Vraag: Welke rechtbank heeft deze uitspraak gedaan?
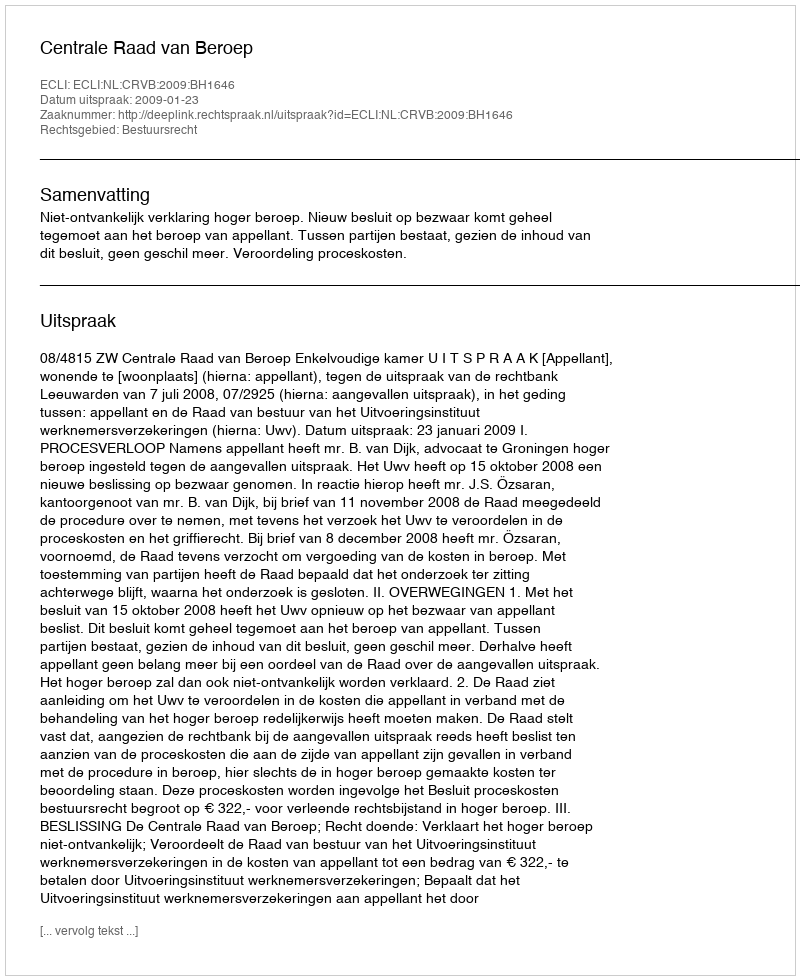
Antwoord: Centrale Raad van Beroep